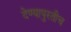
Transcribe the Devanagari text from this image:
देण्यापुरतीच